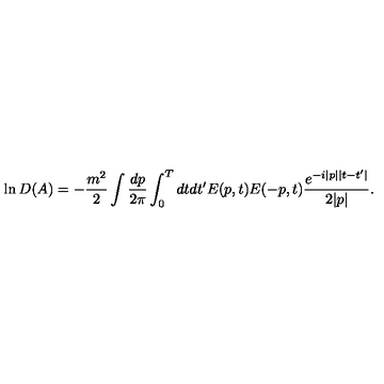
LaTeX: \ln D ( A ) = - \frac { m ^ { 2 } } 2 \int \frac { d p } { 2 \pi } \int _ { 0 } ^ { T } d t d t ^ { \prime } E ( p , t ) E ( - p , t ) \frac { e ^ { - i | p | | t - t ^ { \prime } | } } { 2 | p | } .